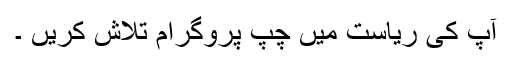
آپ کی ریاست میں چپ پروگرام تلاش کریں ۔